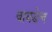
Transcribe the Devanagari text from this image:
वावडेच